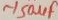
Text: ~150µF